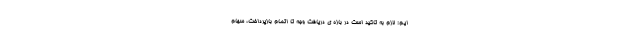
ایم: لازم به تاکید است در بازه ی دریافت وجه تا اتمام بازپرداخت، سهام